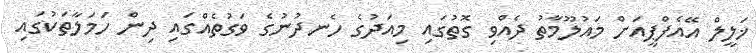
ޚަލީލް އޭއެފްޕީއަށް މައުލޫމާތު ދެއްވި ގޮތުގައި މިއަދުގެ ހެނދުނުގެ ވަގުތެއްގައި ދިން ހަމަލާތަކުގައި